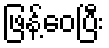
ဖြန့်ဝေပြီး